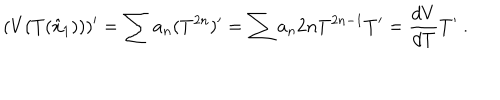
LaTeX: ( V ( T ( \hat { x } _ { 1 } ) ) ) ^ { \prime } = \sum a _ { n } ( T ^ { 2 n } ) ^ { \prime } = \sum a _ { n } 2 n T ^ { 2 n - 1 } T ^ { \prime } = \frac { d V } { d T } T ^ { \prime } \ .